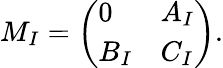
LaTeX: M_{I}=\left(\begin{array}{ll}{{0}}&{{A_{I}}}\\ {{B_{I}}}&{{C_{I}}}\end{array}\right).